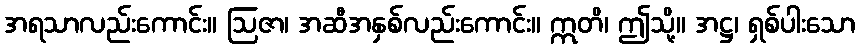
အရသာလည်းကောင်း။ ဩဇာ၊ အဆီအနှစ်လည်းကောင်း။ ဣတိ၊ ဤသို့။ အဋ္ဌ၊ ရှစ်ပါးသော